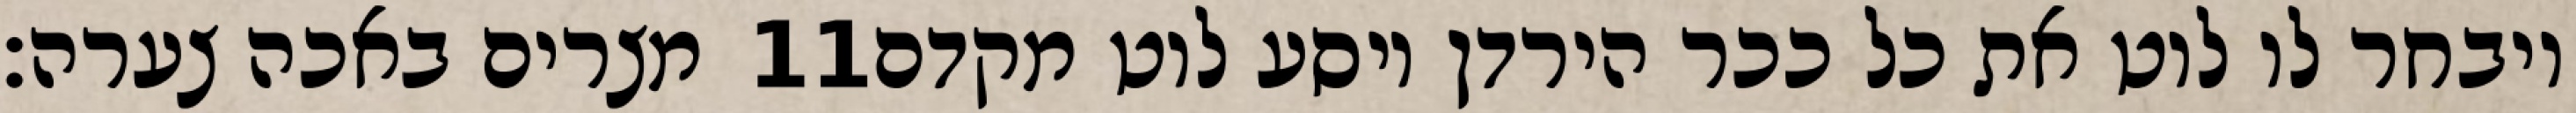
מצרים באכה צערה׃ ‎11‏ ויבחר לו לוט את כל ככר הירדן ויסע לוט מקדם